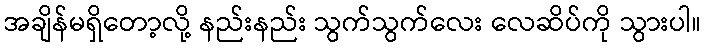
အချိန်မရှိတော့လို့ နည်းနည်း သွက်သွက်လေး လေဆိပ်ကို သွားပါ။